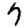
Digit: 7